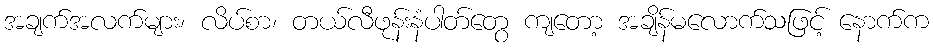
အချက်အလက်များ၊ လိပ်စာ၊ တယ်လီဖုန်းနံပါတ်တွေ ကျတော့ အချိန်မလောက်သဖြင့် နောက်က